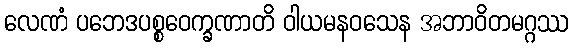
လေဏံ ပဘေဒပစ္စဝေက္ခဏာတိ ဝါယမနဝသေန အဘာဝိတမဂ္ဂဿ